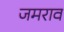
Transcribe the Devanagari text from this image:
जमराव